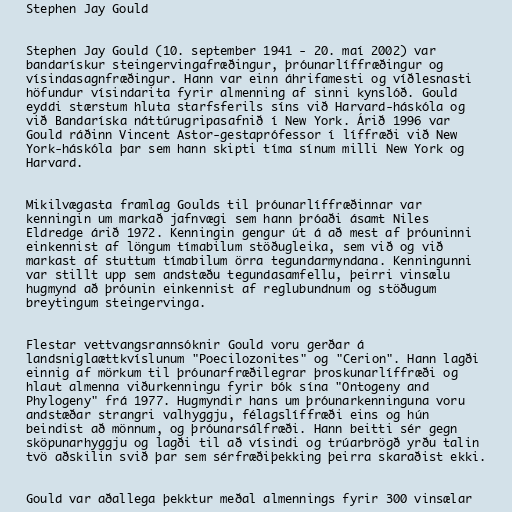
Stephen Jay Gould

Stephen Jay Gould (10. september 1941 - 20. maí 2002) var
bandarískur steingervingafræðingur, þróunarlíffræðingur og
vísindasagnfræðingur. Hann var einn áhrifamesti og víðlesnasti
höfundur vísindarita fyrir almenning af sinni kynslóð. Gould
eyddi stærstum hluta starfsferils síns við Harvard-háskóla og
við Bandaríska náttúrugripasafnið í New York. Árið 1996 var
Gould ráðinn Vincent Astor-gestaprófessor í líffræði við New
York-háskóla þar sem hann skipti tíma sínum milli New York og
Harvard.

Mikilvægasta framlag Goulds til þróunarlíffræðinnar var
kenningin um markað jafnvægi sem hann þróaði ásamt Niles
Eldredge árið 1972. Kenningin gengur út á að mest af þróuninni
einkennist af löngum tímabilum stöðugleika, sem við og við
markast af stuttum tímabilum örra tegundarmyndana. Kenningunni
var stillt upp sem andstæðu tegundasamfellu, þeirri vinsælu
hugmynd að þróunin einkennist af reglubundnum og stöðugum
breytingum steingervinga.

Flestar vettvangsrannsóknir Gould voru gerðar á
landsniglaættkvíslunum "Poecilozonites" og "Cerion". Hann lagði
einnig af mörkum til þróunarfræðilegrar þroskunarlíffræði og
hlaut almenna viðurkenningu fyrir bók sína "Ontogeny and
Phylogeny" frá 1977. Hugmyndir hans um þróunarkenninguna voru
andstæðar strangri valhyggju, félagslíffræði eins og hún
beindist að mönnum, og þróunarsálfræði. Hann beitti sér gegn
sköpunarhyggju og lagði til að vísindi og trúarbrögð yrðu talin
tvö aðskilin svið þar sem sérfræðiþekking þeirra skaraðist ekki.

Gould var aðallega þekktur meðal almennings fyrir 300 vinsælar